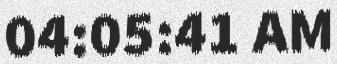
04:05:41 AM